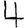
Digit: 4